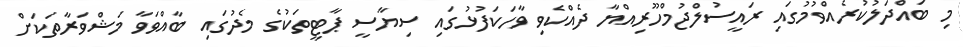
މި ބައްދަލުކުރެއްވުމުގައި ރައީސުލްޖުމްހޫރިއްޔާ ދެއްކެވި ވާހަކަފުޅުގައި ސިޔާސީ ޕާޓީތަކުގެ މެދުގައި ބާއްވަވާ މަޝްވަރާތަކަށް